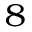
^ 8